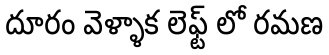
దూరం వెళ్ళాక లెఫ్ట్ లో రమణ